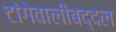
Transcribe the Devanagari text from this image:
टांगेवालीबद्दल